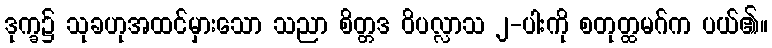
ဒုက္ခ၌ သုခဟုအထင်မှားသော သညာ စိတ္တဒ ဝိပလ္လာသ ၂-ပါးကို စတုတ္ထမဂ်က ပယ်၏။